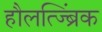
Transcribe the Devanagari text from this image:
हौलत्ज्ब्रिंक